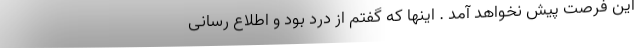
این فرصت پیش نخواهد آمد . اینها که گفتم از درد بود و اطلاع رسانی